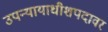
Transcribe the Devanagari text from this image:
उपन्यायाधीशपदावर